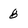
Character: 8